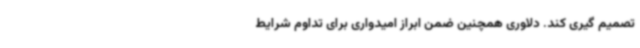
تصمیم گیری کند. دلاوری همچنین ضمن ابراز امیدواری برای تداوم شرایط